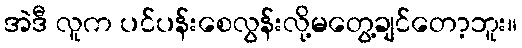
အဲဒီ လူက ပင်ပန်းစေလွန်းလို့မတွေ့ချင်တော့ဘူး။